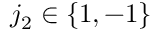
j _ { 2 } \in \{ 1 , - 1 \}